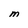
Character: M